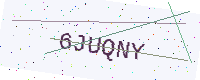
Text: 6JUQNY